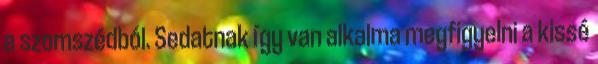
a szomszédból. Sedatnak így van alkalma megfigyelni a kissé